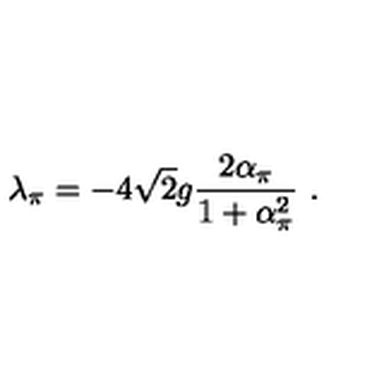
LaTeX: \lambda _ { \pi } = - 4 \sqrt { 2 } g \frac { 2 \alpha _ { \pi } } { 1 + \alpha _ { \pi } ^ { 2 } } \ .